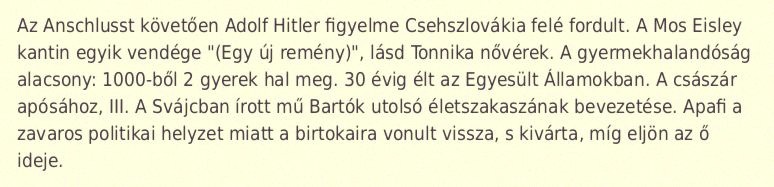
Az Anschlusst követően Adolf Hitler figyelme Csehszlovákia felé fordult. A Mos Eisley kantin egyik vendége "(Egy új remény)", lásd Tonnika nővérek. A gyermekhalandóság alacsony: 1000-ből 2 gyerek hal meg. 30 évig élt az Egyesült Államokban. A császár apósához, III. A Svájcban írott mű Bartók utolsó életszakaszának bevezetése. Apafi a zavaros politikai helyzet miatt a birtokaira vonult vissza, s kivárta, míg eljön az ő ideje.